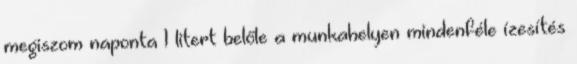
megiszom naponta 1 litert belőle a munkahelyen mindenféle ízesítés